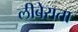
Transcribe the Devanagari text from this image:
लीबेराता